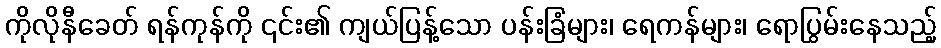
ကိုလိုနီခေတ် ရန်ကုန်ကို ၎င်း၏ ကျယ်ပြန့်သော ပန်းခြံများ၊ ရေကန်များ၊ ရောပြွမ်းနေသည့်